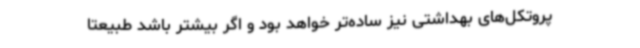
پروتکل‌های بهداشتی نیز ساده‌تر خواهد بود و اگر بیشتر باشد طبیعتا